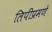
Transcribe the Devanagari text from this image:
लिपींप्रमणे